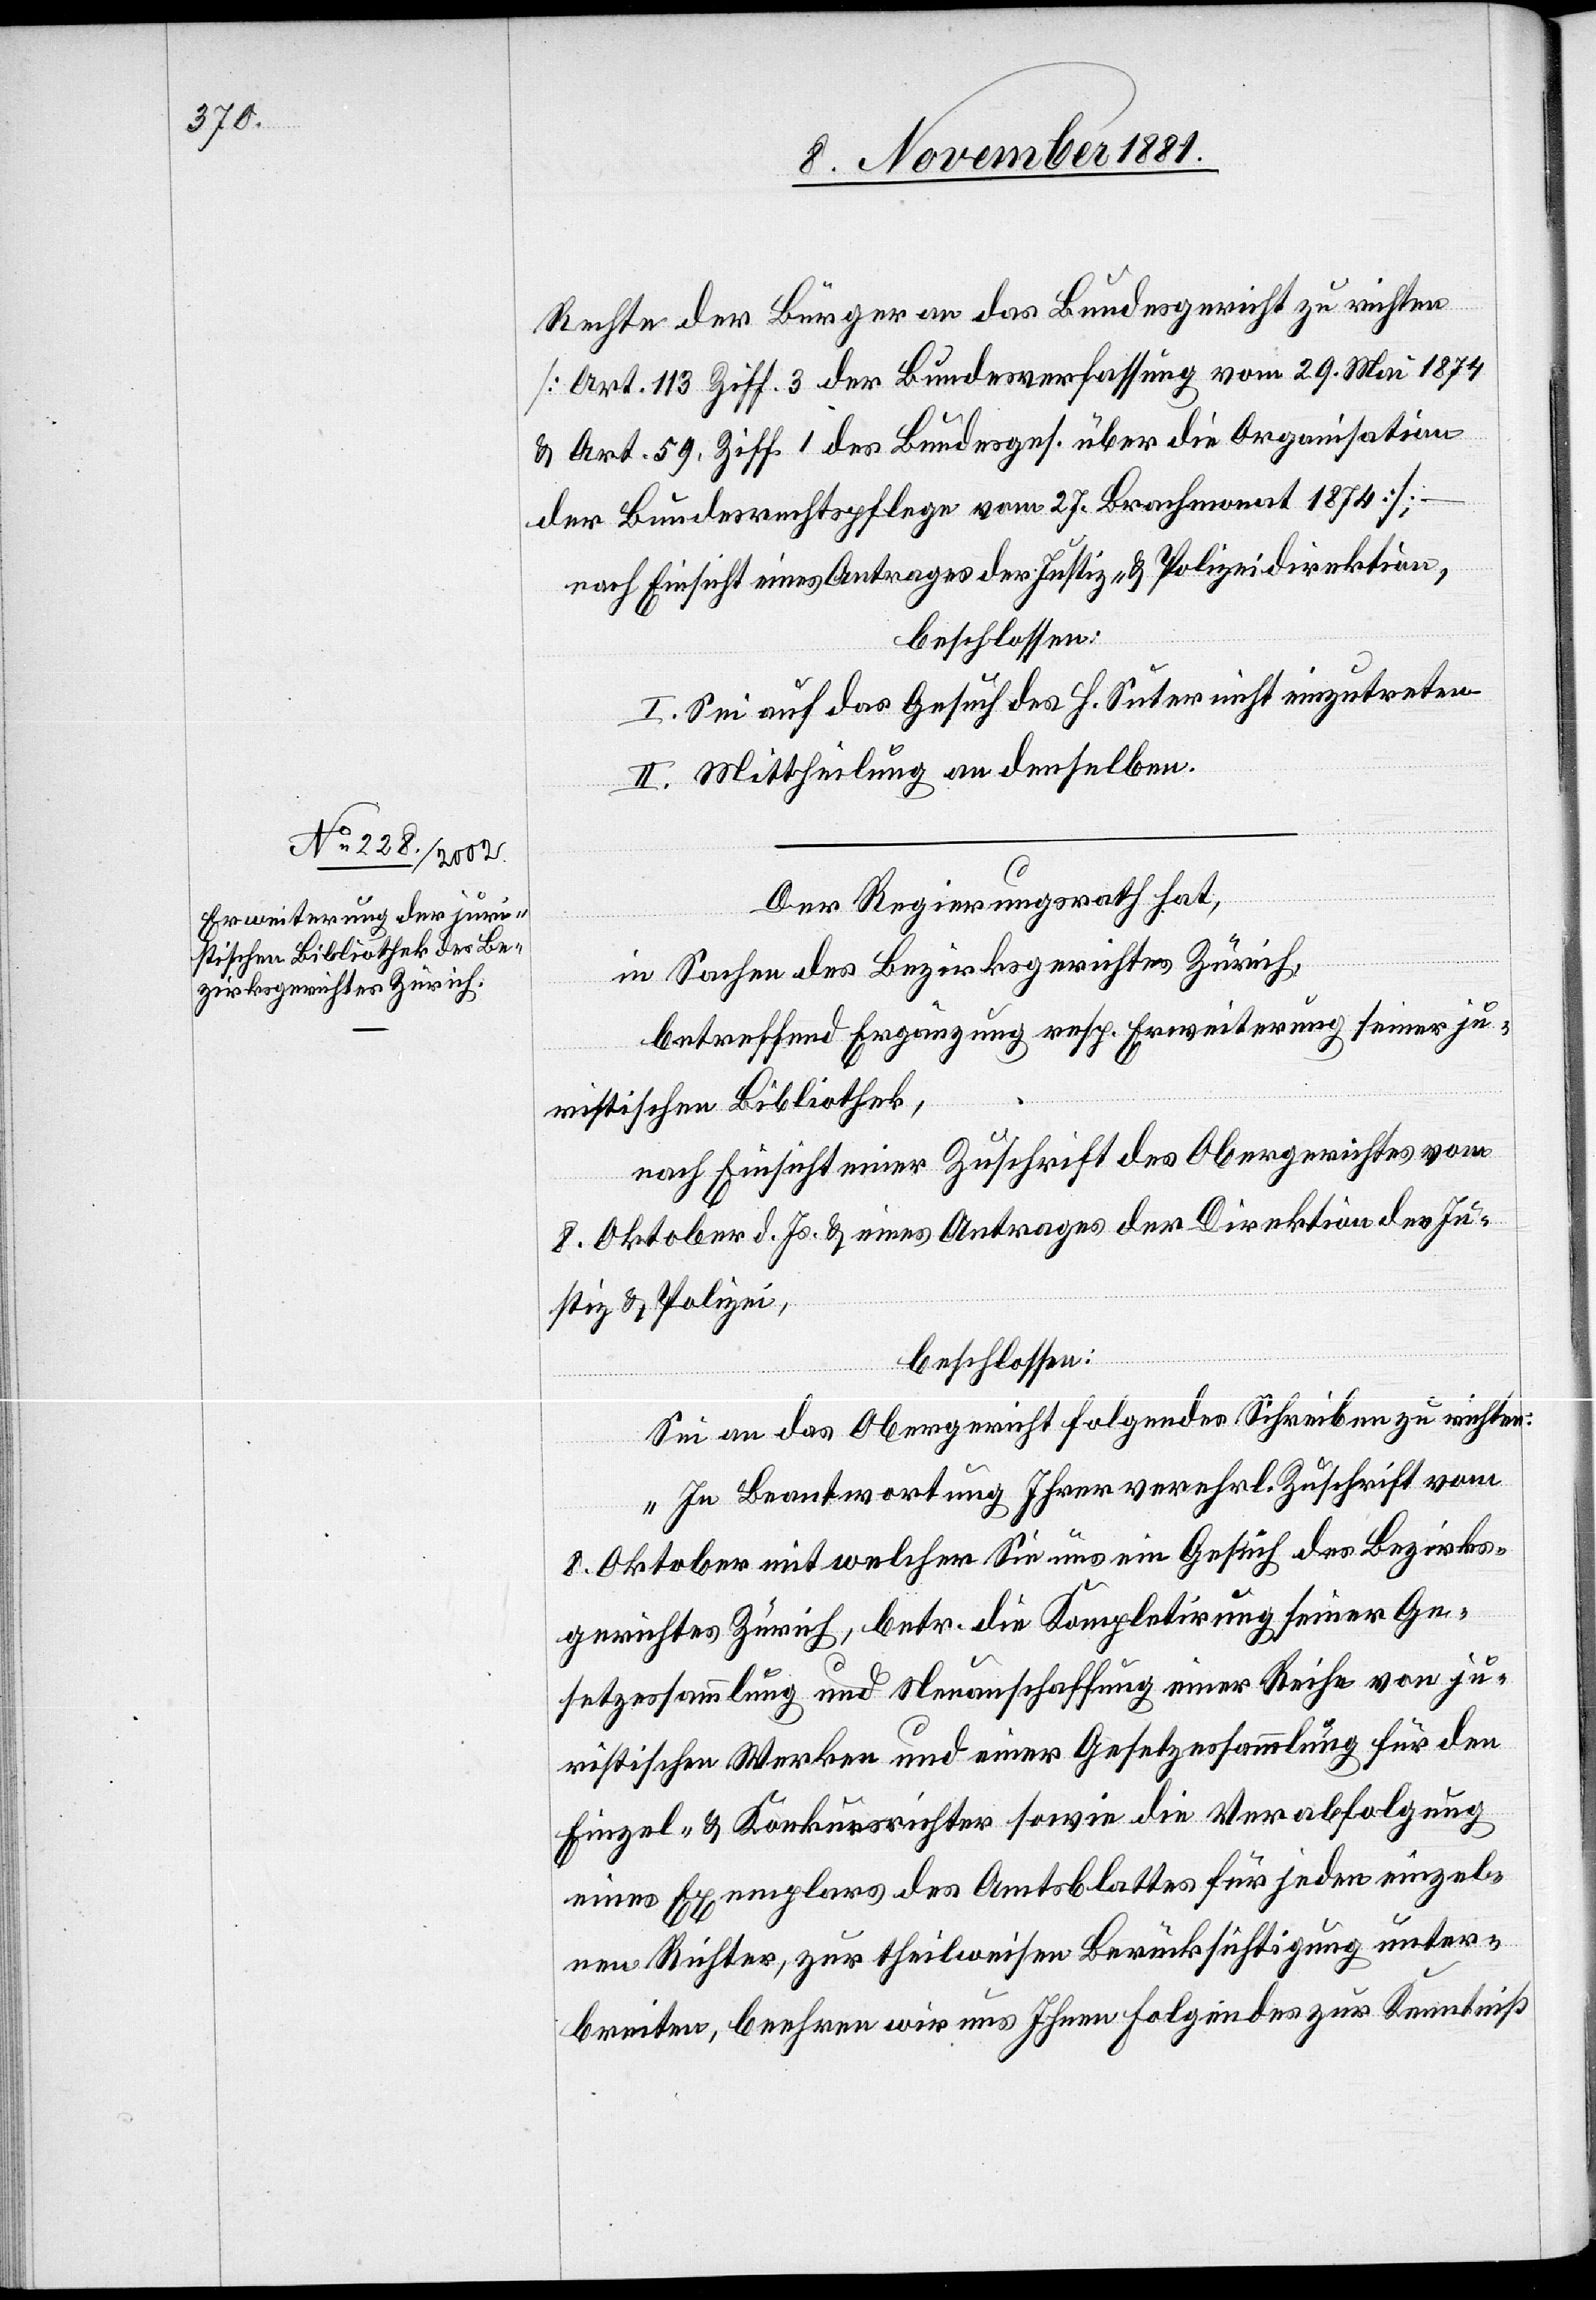
Rechte der Bürger an das Bundesgericht zu richten
[Art. 113 Ziff. 1 des Bundesges. über die Organisation
der Bundesrechtspflege vom 27. Brachmonat 1874];
nach Einsicht eines Antrages der Justiz- & Polizeidirektion,
beschlossen:
I. Sei auf das Gesuch des H. Suter nicht einzutreten.
II. Mittheilung an denselben.
Der Regierungsrath hat,
in Sachen des Bezirksgerichtes Zürich,
betreffend Ergänzung resp. Erweiterung seiner ju¬
ristischen Bibliothek,
nach Einsicht einer Zuschrift des Obergerichtes vom
8. Oktober d. Js. & eines Antrages der Direktion der Ju¬
stiz & Polizei,
beschlossen:
Sei an das Obergericht folgendes Schreiben zu richten:
„In Beantwortung Ihrer verehrl. Zuschrift vom
8. Oktober mit welcher Sie uns ein Gesuch des Bezirks¬
gerichtes Zürich, betr. die Kompletirung seiner Ge¬
setzessammlung und Neuanschaffung einer Reihe von ju¬
ristischen Werken und einer Gesetzessammlung für den
Einzel- & Konkursrichter sowie die Verabfolgung
eines Exemplars des Amtsblattes für jeden einzel¬
nen Richter, zur theilweisen Berücksichtigung unter¬
breiten, beehren wir uns Ihnen Folgendes zur Kenntniß